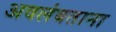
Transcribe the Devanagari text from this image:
अवलंबताना